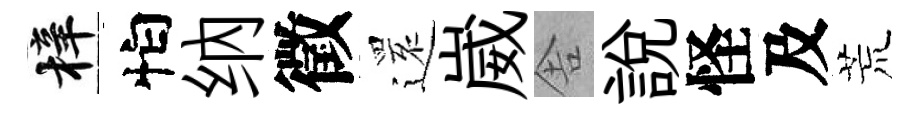
梓怕纳徵𮟃崴舎説怪及荒